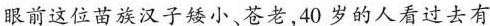
眼前这位苗族汉子矮小、苍老,40岁的人看过去有